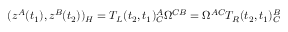
( z ^ { A } ( t _ { 1 } ) , z ^ { B } ( t _ { 2 } ) ) _ { \cal H } = T _ { L } ( t _ { 2 } , t _ { 1 } ) _ { C } ^ { A } \Omega ^ { C B } = \Omega ^ { A C } T _ { R } ( t _ { 2 } , t _ { 1 } ) _ { C } ^ { B }